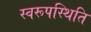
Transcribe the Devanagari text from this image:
स्वरूपस्थिति